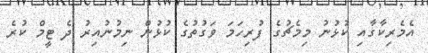
އެމެރިކާގާއި ކުޅުނު މިމެޗުގެ ފުރިހަމަ ވަގުތުގެ ކުޅުން ނިމުނުއިރު ދެ ޓީމް ކުރެ